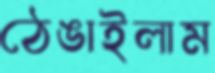
ঠেঙাইলাম